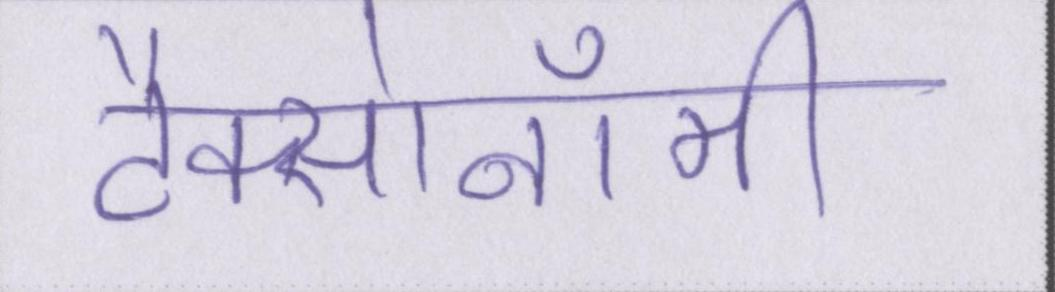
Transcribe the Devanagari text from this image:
टैक्सोनॉमी